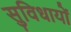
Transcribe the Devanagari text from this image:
सुविधायों